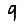
Digit: 9